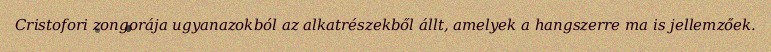
Cristofori zongorája ugyanazokból az alkatrészekből állt, amelyek a hangszerre ma is jellemzőek.